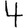
Digit: 4